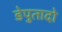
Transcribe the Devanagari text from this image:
डेपुतादो